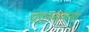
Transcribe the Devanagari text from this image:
चालवण्या